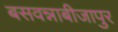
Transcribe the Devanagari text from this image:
बसवन्नाबीजापुर